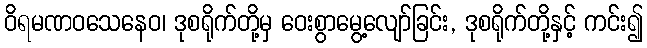
ဝိရမဏဝသေနေဝ၊ ဒုစရိုက်တို့မှ ဝေးစွာမွေ့လျော်ခြင်း, ဒုစရိုက်တို့နှင့် ကင်း၍